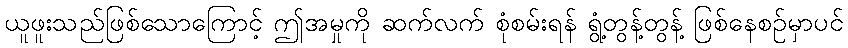
ယူဖူးသည်ဖြစ်သောကြောင့် ဤအမှုကို ဆက်လက် စုံစမ်းရန် ရွံ့တွန့်တွန့် ဖြစ်နေစဉ်မှာပင်